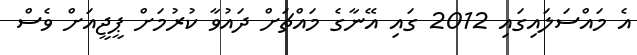
އެ މައްސަލައިގައި 2012 ގައި އޭނާގެ މައްޗަށް ދައުވާ ކުރުމަށް ޕީޖީއަށް ވެސް